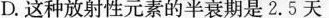
D.这种放射性元素的半衰期是2.5天